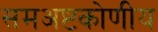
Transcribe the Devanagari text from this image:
समअष्टकोणीय